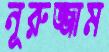
নূরুজ্জাম